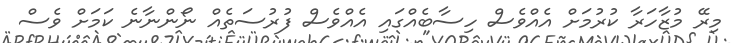
މިރޭ މުޒާހަރާ ކުރުމަށް އެއްވެސް ހިސާބެއްގައި އެއްވެސް ފުރުސަތެއް ނޯންނާނެ ކަމަށް ވެސް